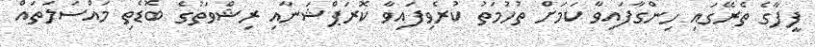
ފީފާގެ ތެރޭގައި ހިންގާފައިވާ ކަމަށް ތުހުމަތު ކުރެވިފައިވާ ކޮރަޕްޝަނާއި ރިޝްވަތުގެ ބޮޑެތި މައްސަލަތައް